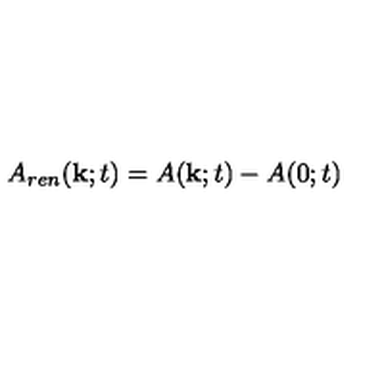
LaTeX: A _ { r e n } ( { \bf k } ; t ) = A ( { \bf k } ; t ) - A ( 0 ; t )